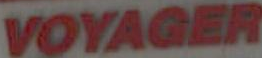
VOYAGER